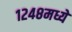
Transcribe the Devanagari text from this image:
१२४८मध्ये